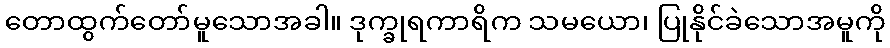
တောထွက်တော်မူသောအခါ။ ဒုက္ခုရကာရိက သမယော၊ ပြုနိုင်ခဲသောအမူကို